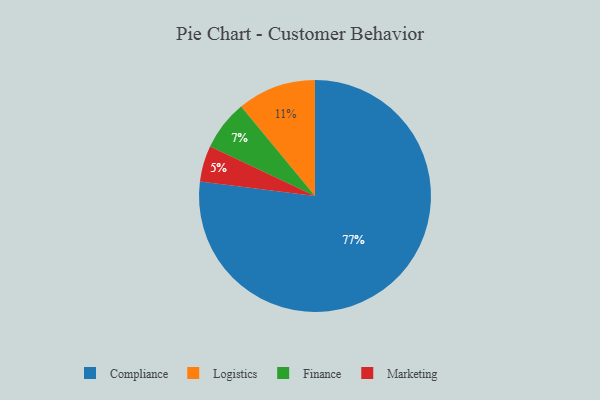
{"axis": {"x": "Category", "y": "Percentage"}, "legend": ["Compliance", "Finance", "Logistics", "Marketing"], "data": [{"x": "Finance", "y": 7, "type": "Finance"}, {"x": "Compliance", "y": 77, "type": "Compliance"}, {"x": "Logistics", "y": 11, "type": "Logistics"}, {"x": "Marketing", "y": 5, "type": "Marketing"}]}